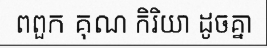
ពពួក គុណ កិរិយា ដូចគ្នា